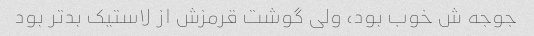
جوجه ش خوب بود، ولی گوشت قرمزش از لاستیک بدتر بود